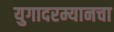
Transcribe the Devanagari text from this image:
युगादरम्यानचा